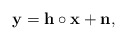
\begin{align*}\mathbf{y} = \mathbf{h} \circ \mathbf{x}+\mathbf{n},\end{align*}